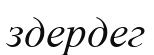
здердег